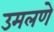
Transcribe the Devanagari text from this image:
उमलणे